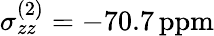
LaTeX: \sigma_{zz}^{(2)}=-70.7\mathrm{\, ppm}